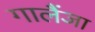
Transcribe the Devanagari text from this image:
गालैंजा